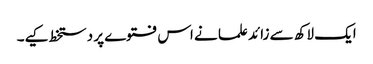
ایک لاکھ سے زائد علما نے اس فتوے پر دستخط کیے۔